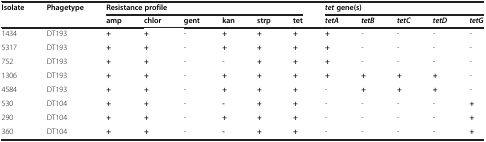
<table><thead><tr><td><b>Isolate</b></td><td><b>Phagetype</b></td><td colspan="6"><b>Resistance profile</b></td><td colspan="5"><b><i>tet </i>gene(s)</b></td></tr><tr><td><b> </b></td><td><b> </b></td><td><b>amp</b></td><td><b>chlor</b></td><td><b>gent</b></td><td><b>kan</b></td><td><b>strp</b></td><td><b>tet</b></td><td><b><i>tetA</i></b></td><td><b><i>tetB</i></b></td><td><b><i>tetC</i></b></td><td><b><i>tetD</i></b></td><td><b><i>tetG</i></b></td></tr></thead><tbody><tr><td>1434</td><td>DT193</td><td><b>+</b></td><td><b>+</b></td><td>-</td><td><b>+</b></td><td><b>+</b></td><td><b>+</b></td><td><b>+</b></td><td>-</td><td>-</td><td>-</td><td>-</td></tr><tr><td>5317</td><td>DT193</td><td><b>+</b></td><td><b>+</b></td><td>-</td><td><b>+</b></td><td><b>+</b></td><td><b>+</b></td><td><b>+</b></td><td>-</td><td>-</td><td>-</td><td>-</td></tr><tr><td>752</td><td>DT193</td><td><b>+</b></td><td><b>+</b></td><td>-</td><td>-</td><td><b>+</b></td><td><b>+</b></td><td><b>+</b></td><td>-</td><td>-</td><td>-</td><td>-</td></tr><tr><td>1306</td><td>DT193</td><td><b>+</b></td><td><b>+</b></td><td>-</td><td><b>+</b></td><td><b>+</b></td><td><b>+</b></td><td><b>+</b></td><td><b>+</b></td><td><b>+</b></td><td><b>+</b></td><td>-</td></tr><tr><td>4584</td><td>DT193</td><td><b>+</b></td><td><b>+</b></td><td>-</td><td><b>+</b></td><td><b>+</b></td><td><b>+</b></td><td>-</td><td><b>+</b></td><td><b>+</b></td><td><b>+</b></td><td>-</td></tr><tr><td>530</td><td>DT104</td><td><b>+</b></td><td><b>+</b></td><td>-</td><td><b>-</b></td><td><b>+</b></td><td><b>+</b></td><td>-</td><td>-</td><td>-</td><td>-</td><td><b>+</b></td></tr><tr><td>290</td><td>DT104</td><td><b>+</b></td><td><b>+</b></td><td>-</td><td><b>+</b></td><td><b>+</b></td><td><b>+</b></td><td>-</td><td>-</td><td>-</td><td>-</td><td><b>+</b></td></tr><tr><td>360</td><td>DT104</td><td><b>+</b></td><td><b>+</b></td><td>-</td><td><b>-</b></td><td><b>+</b></td><td><b>+</b></td><td>-</td><td>-</td><td>-</td><td>-</td><td><b>+</b></td></tr></tbody></table>